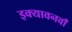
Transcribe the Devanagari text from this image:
इक्यावनवाँ